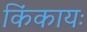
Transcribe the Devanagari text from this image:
किंकायः